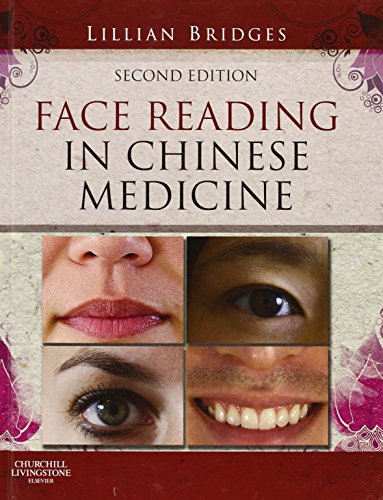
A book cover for Face Reading in Chinese Medicine, 2e; Lillian Bridges; Health, Fitness & Dieting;